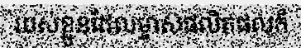
របស់ខ្លួនដែលម្ចាស់ផលិតផលក៏